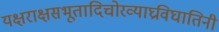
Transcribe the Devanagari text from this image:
यक्षराक्षसभूतादिचोरव्याघ्रविघातिनी